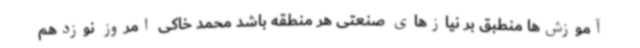
آموزش‌ها منطبق بر نیازهای صنعتی هر منطقه باشد محمد خاکی امروز نوزدهم